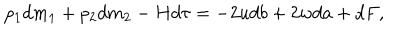
LaTeX: p _ { 1 } d m _ { 1 } + p _ { 2 } d m _ { 2 } - H d \tau = - 2 u d b + 2 w d a + d F ,